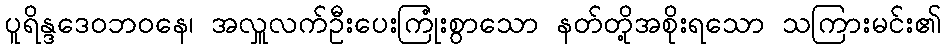
ပူရိန္ဒဒေဝဘဝနေ၊ အလှူလက်ဦးပေးကြုံးစွာသော နတ်တို့အစိုးရသော သကြားမင်း၏